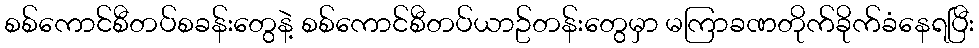
စစ်ကောင်စီတပ်စခန်းတွေနဲ့ စစ်ကောင်စီတပ်ယာဥ်တန်းတွေမှာ မကြာခဏတိုက်ခိုက်ခံနေရပြီး